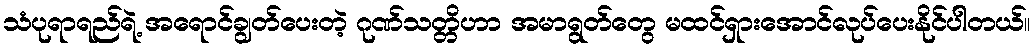
သံပုရာရည်ရဲ့ အရောင်ချွတ်ပေးတဲ့ ဂုဏ်သတ္တိဟာ အမာရွတ်တွေ မထင်ရှားအောင်လုပ်ပေးနိုင်ပါတယ်။